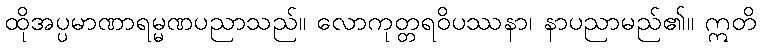
ထိုအပ္ပမာဏာရမ္မဏပညာသည်။ လောကုတ္တရဝိပဿနာ၊ နာပညာမည်၏။ ဣတိ